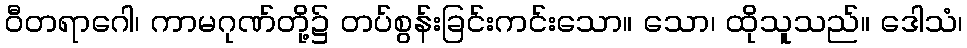
ဝီတရာဂေါ၊ ကာမဂုဏ်တို့၌ တပ်စွန်းခြင်းကင်းသော။ သော၊ ထိုသူသည်။ ဒေါသံ၊